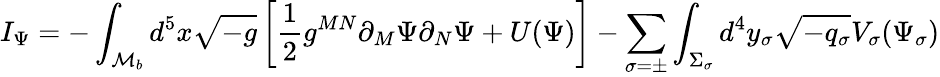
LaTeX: I_{\Psi}=-\int_{{\cal M}_{b}}d^{5}x\sqrt{-g}\left[\frac{1}{2}g^{MN}\partial_{M}\Psi\partial_{N}\Psi+U(\Psi)\right]-\sum_{\sigma=\pm}\int_{\Sigma_{\sigma}}d^{4}y_{\sigma}\sqrt{-q_{\sigma}}V_{\sigma}(\Psi_{\sigma})